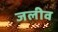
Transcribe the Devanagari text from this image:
जलीव